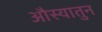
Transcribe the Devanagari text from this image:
औस्यातुन